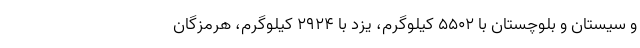
و سیستان و بلوچستان با ۵۵۰۲ کیلوگرم، یزد با ۲۹۲۴ کیلوگرم، هرمزگان